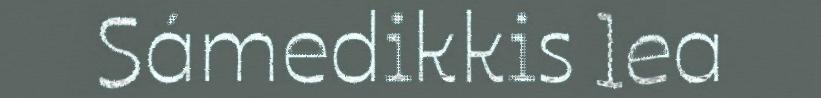
Sámedikkis lea